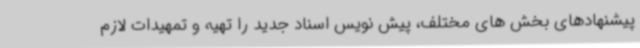
پیشنهادهای بخش های مختلف، پیش نویس اسناد جدید را تهیه و تمهیدات لازم